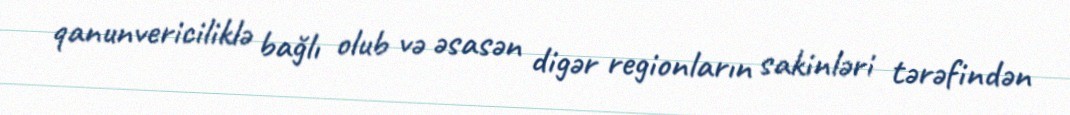
qanunvericiliklə bağlı olub və əsasən digər regionların sakinləri tərəfindən